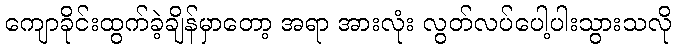
ကျောခိုင်းထွက်ခဲ့ချိန်မှာတော့ အရာ အားလုံး လွတ်လပ်ပေါ့ပါးသွားသလို